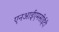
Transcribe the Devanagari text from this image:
एनआईएमसीईटी